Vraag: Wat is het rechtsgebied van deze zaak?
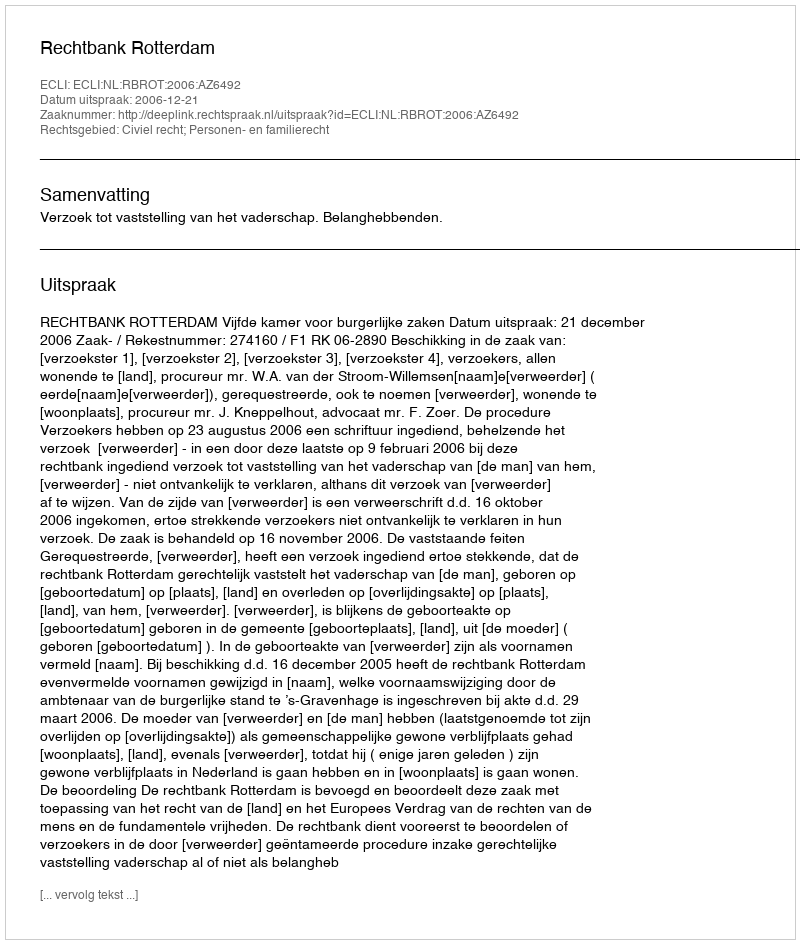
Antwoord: Civiel recht; Personen- en familierecht